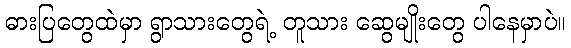
ဓားပြတွေထဲမှာ ရွာသားတွေရဲ့ တူသား ဆွေမျိုးတွေ ပါနေမှာပဲ။